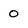
Character: 0